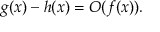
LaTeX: g ( x ) - h ( x ) = O ( f ( x ) ) .